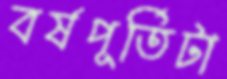
বর্ষপূর্তিটা